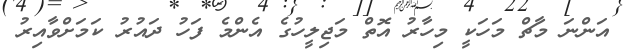
އަންނަ މާޗް މަހަކީ މިހާރު އޮތް މަޖިލީހުގެ އެންމެ ފަހު ދައުރު ކަމަށްވާއިރު